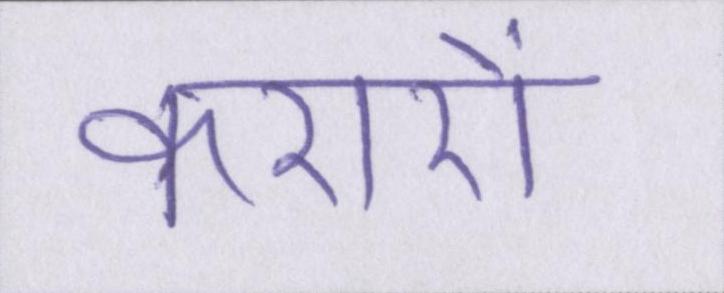
करारों